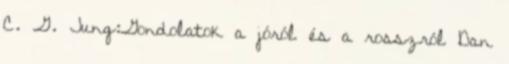
C. G. Jung:Gondolatok a jóról és a rosszról Dan